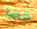
كما